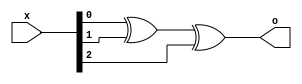
module comb_impl (
	input [2:0] x,
	output o
);
	assign o = x[0] ^ x[1] ^ x[2];
endmodule

module comb_care (
	input [2:0] x,
	output care
);
	assign care = x[0] == x[2];
endmodule